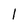
Character: I